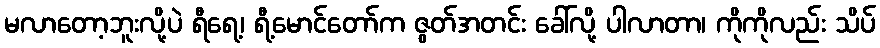
မလာတော့ဘူးလို့ပဲ ရီရေ့၊ ရီ့မောင်တော်က ဇွတ်အတင်း ခေါ်လို့ ပါလာတာ၊ ကိုကိုလည်း သိပ်